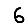
Digit: 6